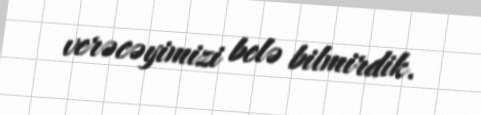
verəcəyimizi belə bilmirdik.